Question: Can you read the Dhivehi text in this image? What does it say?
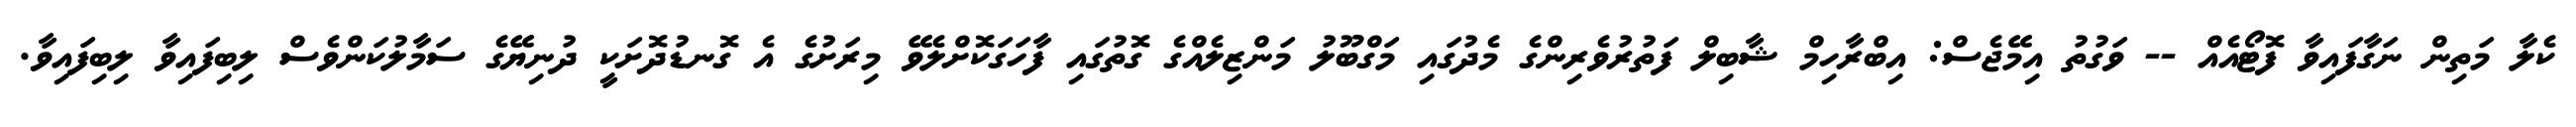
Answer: ކެލާ މަތިން ނަގާފައިވާ ފޮޓޯއެއް -- ވަގުތު އިމޭޖެސް: އިބްރާހިމް ޝާބިލް ފަތުރުވެރިންގެ މެދުގައި މަގްބޫލު މަންޒިލެއްގެ ގޮތުގައި ފާހަގަކޮށްލެވޭ މިރަށުގެ އެ ގޮނޑުދޮށަކީ ދުނިޔޭގެ ސަމާލުކަންވެސް ލިބިފައިވާ ލިބިފައިވާ.